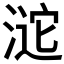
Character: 𣸘